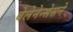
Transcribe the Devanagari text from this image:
बेलेनेन्सेसने